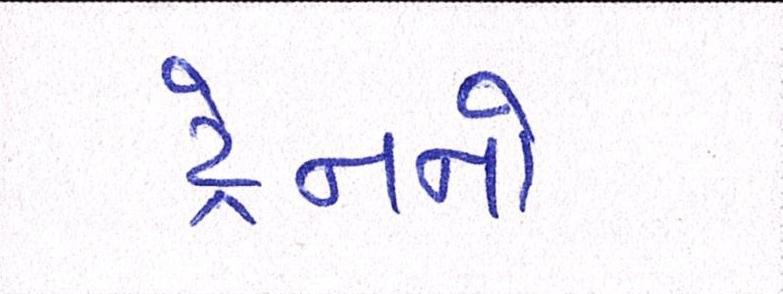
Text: ટ્રેનનો